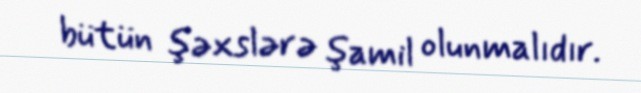
bütün şəxslərə şamil olunmalıdır.